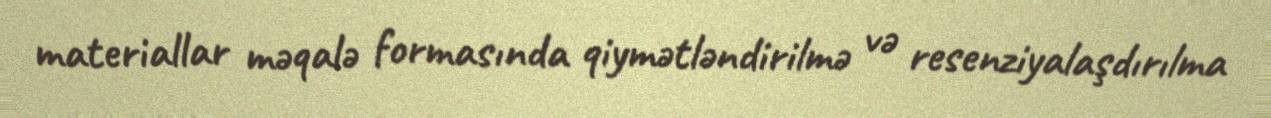
materiallar məqalə formasında qiymətləndirilmə və resenziyalaşdırılma